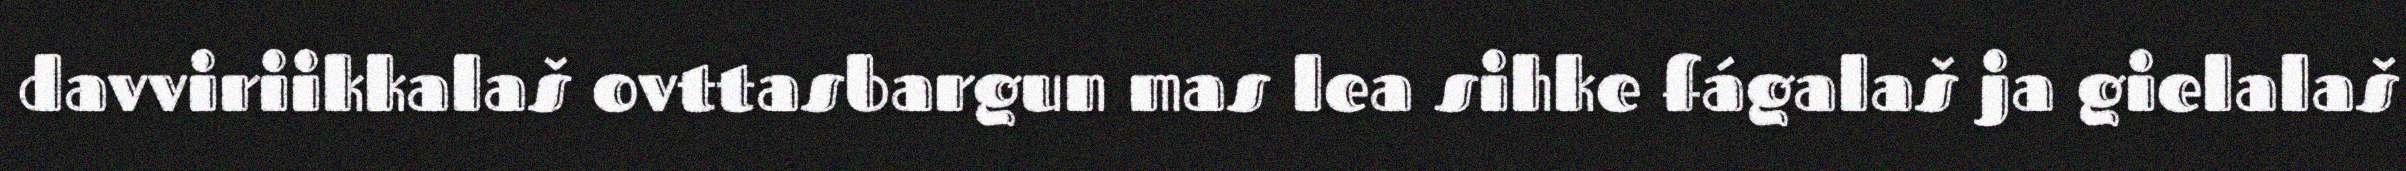
davviriikkalaš ovttasbargun mas lea sihke fágalaš ja gielalaš